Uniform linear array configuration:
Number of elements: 16
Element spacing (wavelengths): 0.5
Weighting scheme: blackman
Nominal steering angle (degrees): -30
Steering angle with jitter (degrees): -29.475
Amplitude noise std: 0.05
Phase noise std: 0.05

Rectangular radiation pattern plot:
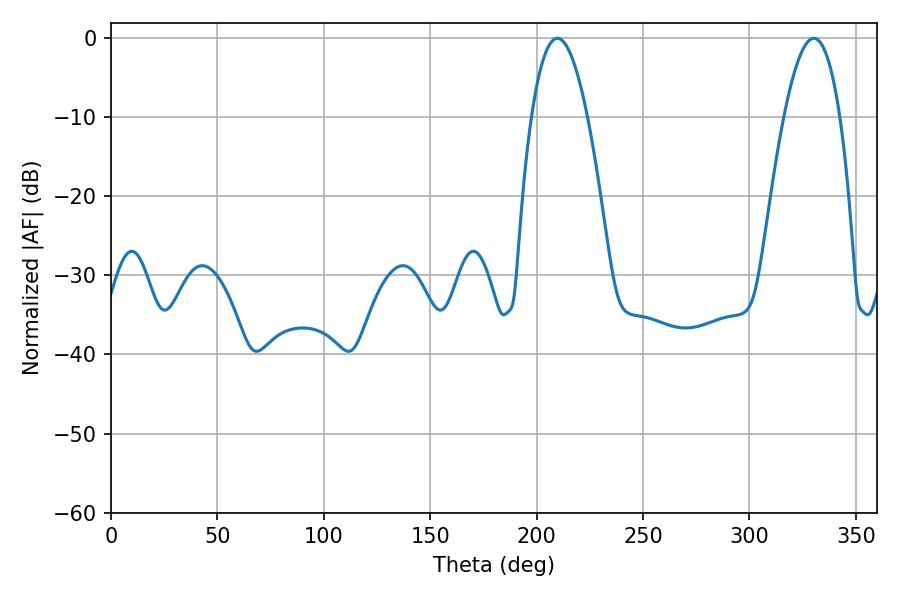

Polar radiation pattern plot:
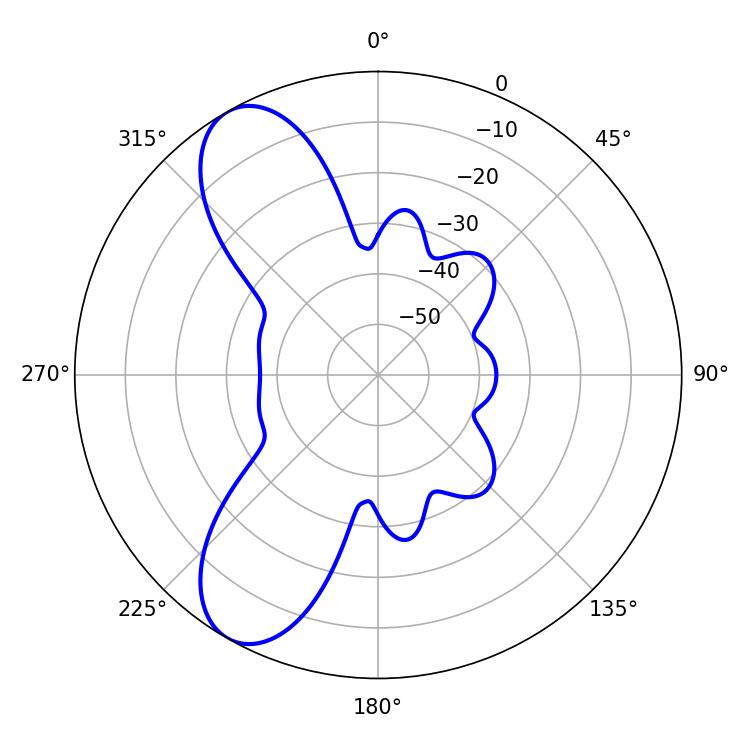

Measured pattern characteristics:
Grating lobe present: FALSE
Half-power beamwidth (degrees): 14.4
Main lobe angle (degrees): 209.7